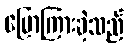
ပြောကြားခဲ့သည်